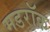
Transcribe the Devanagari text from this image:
मडरॉक